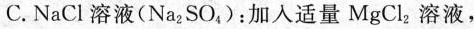
C.NaCl溶液(Na _ { 2 }SO _ { 4 }，)：加入适量MgCl _ { 2 }。溶液，